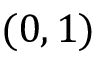
( 0 , 1 )